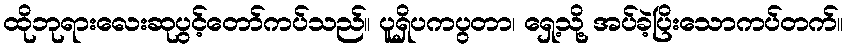
ထိုဘုရားလေးဆုပွင့်တော်ကပ်သည်။ ပူရှိပကပွတာ၊ ရှေ့သို့ အပ်ခဲ့ပြိးသောကပ်တက်။